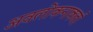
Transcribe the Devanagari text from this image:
अवलोकनाकर्ता